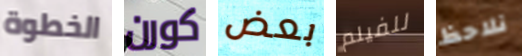
الخطوة كورن بعض للفيلم نلاحظ